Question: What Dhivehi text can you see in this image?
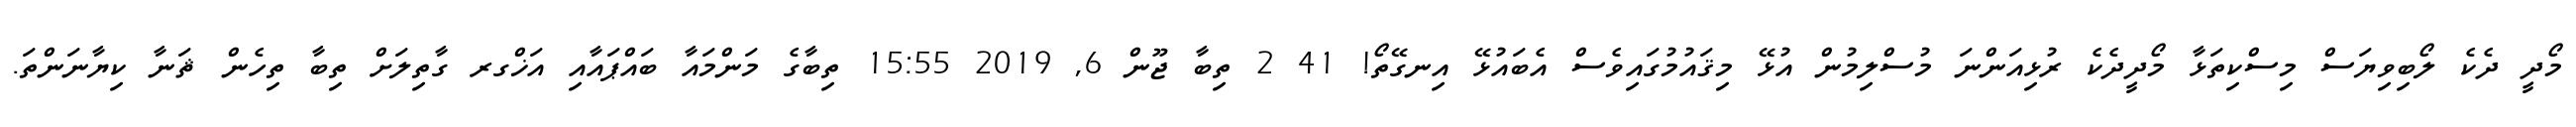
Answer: މޯދީ ދެކެ ލޯބިވިޔަސް މިސްކިތަޅާ މޯދީދެކެ ރުޅިއަންނަ މުސްލިމުން އުޅޭ މިޤައުމުގައިވެސް އެބައުޅޭ އިނގޭތޯ! 41 2 ތިބާ ޖޫން 6, 2019 15:55 ތިބާގެ މަންމައާ ބައްޕައާއި އަޚްގރ ގާތިލަށް ތިބާ ތިހެން ޘަނާ ކިޔާނަންތަ.